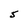
Character: S